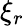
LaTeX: \xi_{r}